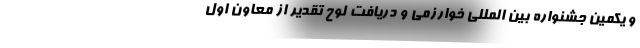
و یکمین جشنواره بین المللی خوارزمی و دریافت لوح تقدیر از معاون اول